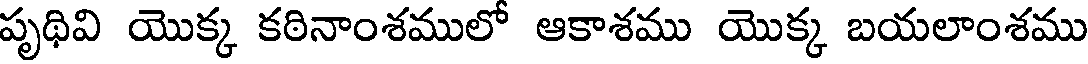
పృథివి యొక్క కఠినాంశములో ఆకాశము యొక్క బయలాంశము